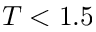
T < 1 . 5